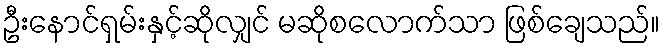
ဦးနောင်ရှမ်းနှင့်ဆိုလျှင် မဆိုစလောက်သာ ဖြစ်ချေသည်။